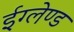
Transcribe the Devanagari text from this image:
ईग्‍लेण्‍ड